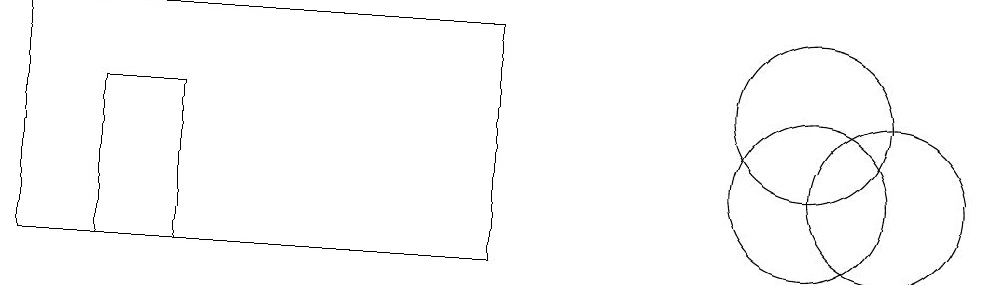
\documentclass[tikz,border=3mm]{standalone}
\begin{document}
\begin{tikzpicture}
\draw (6,13) rectangle (0,10);
\draw (11,11) circle (1);
\draw (10,12) circle (1);
\draw (2,12) rectangle (1,10);
\draw (10,11) circle (1);
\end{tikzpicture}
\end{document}